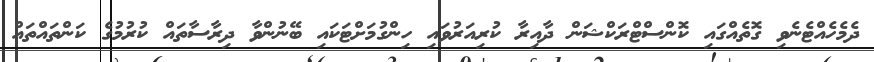
ދެމެހެއްޓެނެވި ގޮތެއްގައި ކޮންސްޓްރަކްޝަން ދާއިރާ ކުރިއަރުވައި ހިންގުމަށްޓަކައި ބޭނުންވާ ދިރާސާތައް ކުރުމުގެ ކަންތައްތައް